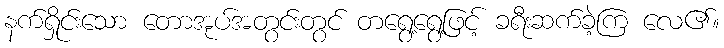
နက်ရှိုင်းသော တောအုပ်အတွင်းတွင် တရွေ့ရွေ့ဖြင့် ခရီးဆက်ခဲ့ကြ လေ၏။